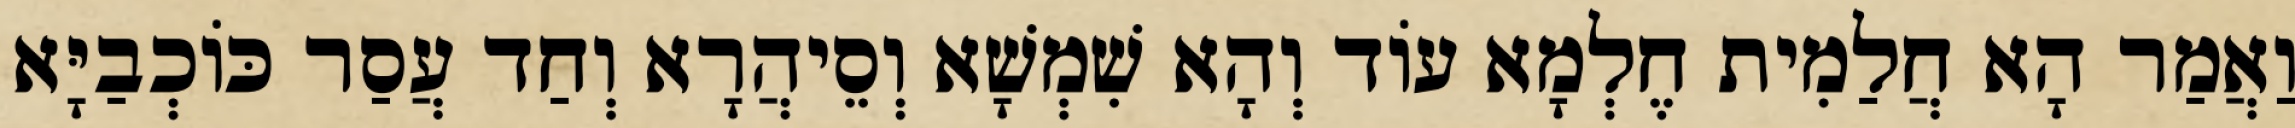
וַאֲמַר הָא חֲלַמִית חֶלְמָא עוֹד וְהָא שִׁמְשָׁא וְסֵיהֲרָא וְחַד עֲסַר כּוֹכְבַיָּא